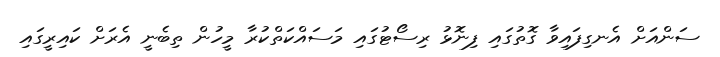
ސަންއަށް އެނގިފައިވާ ގޮތުގައި ފިނޮޅު ރިސޯޓުގައި މަސައްކަތްކުރާ މީހުން ތިބެނީ އެރަށް ކައިރީގައި